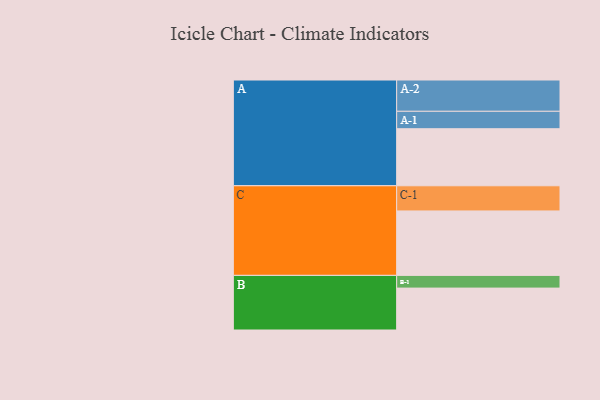
{"axis": {"x": "Segment", "y": "Value"}, "legend": ["", "A", "B", "C"], "data": [{"x": "A", "y": 494, "type": ""}, {"x": "B", "y": 363, "type": ""}, {"x": "C", "y": 558, "type": ""}, {"x": "A-1", "y": 151, "type": "A"}, {"x": "A-2", "y": 271, "type": "A"}, {"x": "B-1", "y": 110, "type": "B"}, {"x": "C-1", "y": 218, "type": "C"}]}